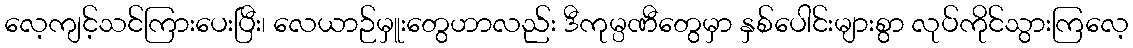
လေ့ကျင့်သင်ကြားပေးပြီး၊ လေယာဉ်မှူးတွေဟာလည်း ဒီကုမ္ပဏီတွေမှာ နှစ်ပေါင်းများစွာ လုပ်ကိုင်သွားကြလေ့